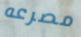
مصرعه